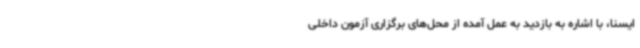
ایسنا، با اشاره به بازدید به عمل آمده از محل‌های برگزاری آزمون داخلی